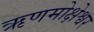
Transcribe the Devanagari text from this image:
ऋणमोक्षेश्वर